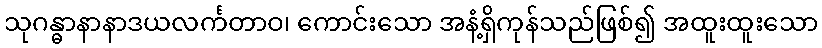
သုဂန္ဓာနာနာဒယလင်္ကတာဝ၊ ကောင်းသော အနံ့ရှိကုန်သည်ဖြစ်၍ အထူးထူးသော